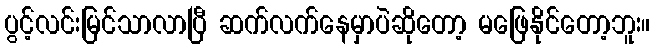
ပွင့်လင်းမြင်သာလာပြီ ဆက်လက်နေမှာပဲဆိုတော့ မဖြေနိုင်တော့ဘူး။